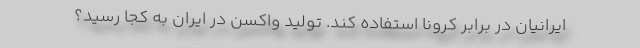
ایرانیان در برابر کرونا استفاده کند. تولید واکسن در ایران به کجا رسید؟